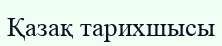
Қазақ тарихшысы